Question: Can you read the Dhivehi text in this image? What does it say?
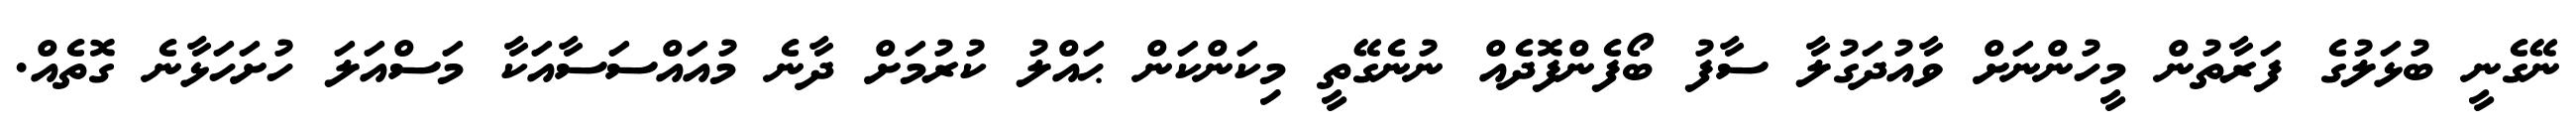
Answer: ނޭގެނީ ބުޅަލުގެ ފަރާތުން މީހުންނަށް ވާއުދަގުލާ ސާފު ބޯފެންފޮދެއް ނުނެގޭތީ މިކަންކަން ޙައްލު ކުރުމަށް ދާނެ މުއައްސަސާއަކާ މަސްއަލަ ހުށަހަޅާނެ ގޮތެއް.